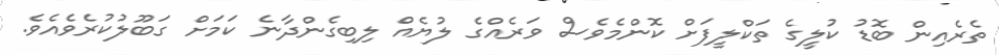
ތެރެއިން ބޮޑު ކުލީގެ ތަކްލީފަށް ކޮންމެވެސް ވަރެއްގެ ލުޔެއް ލިބިގެންދާނެ ކަމަށް ގަބޫލުކުރެވެއެވެ.